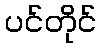
ပင်တိုင်